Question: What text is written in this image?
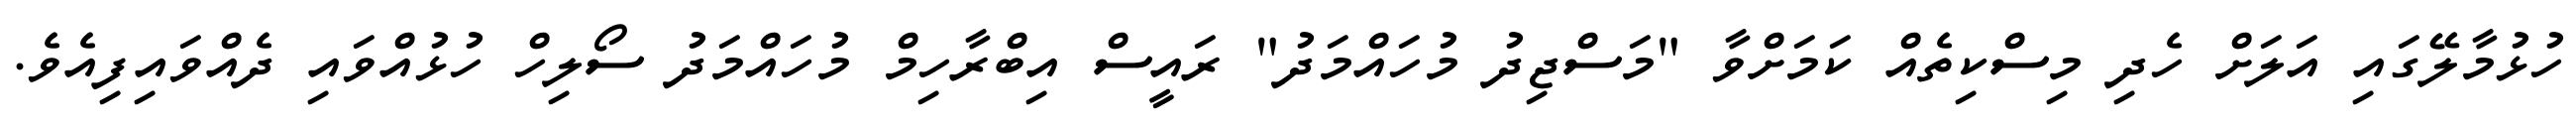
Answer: ހުޅުމާލޭގައި އަލަށް ހެދި މިސްކިތެއް ކަމަށްވާ "މަސްޖިދު މުހައްމަދު" ރައީސް އިބްރާހިމް މުހައްމަދު ސޯލިހް ހުޅުއްވައި ދެއްވައިފިއެވެ.